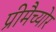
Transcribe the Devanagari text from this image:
प्रीमैच्योर